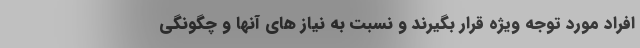
افراد مورد توجه ویژه قرار بگیرند و نسبت به نیاز های آنها و چگونگی